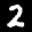
Label: 2